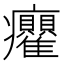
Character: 𭼻